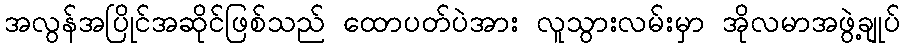
အလွန်အပြိုင်အဆိုင်ဖြစ်သည် ထောပတ်ပဲအား လူသွားလမ်းမှာ အိုလမာအဖွဲ့ချုပ်